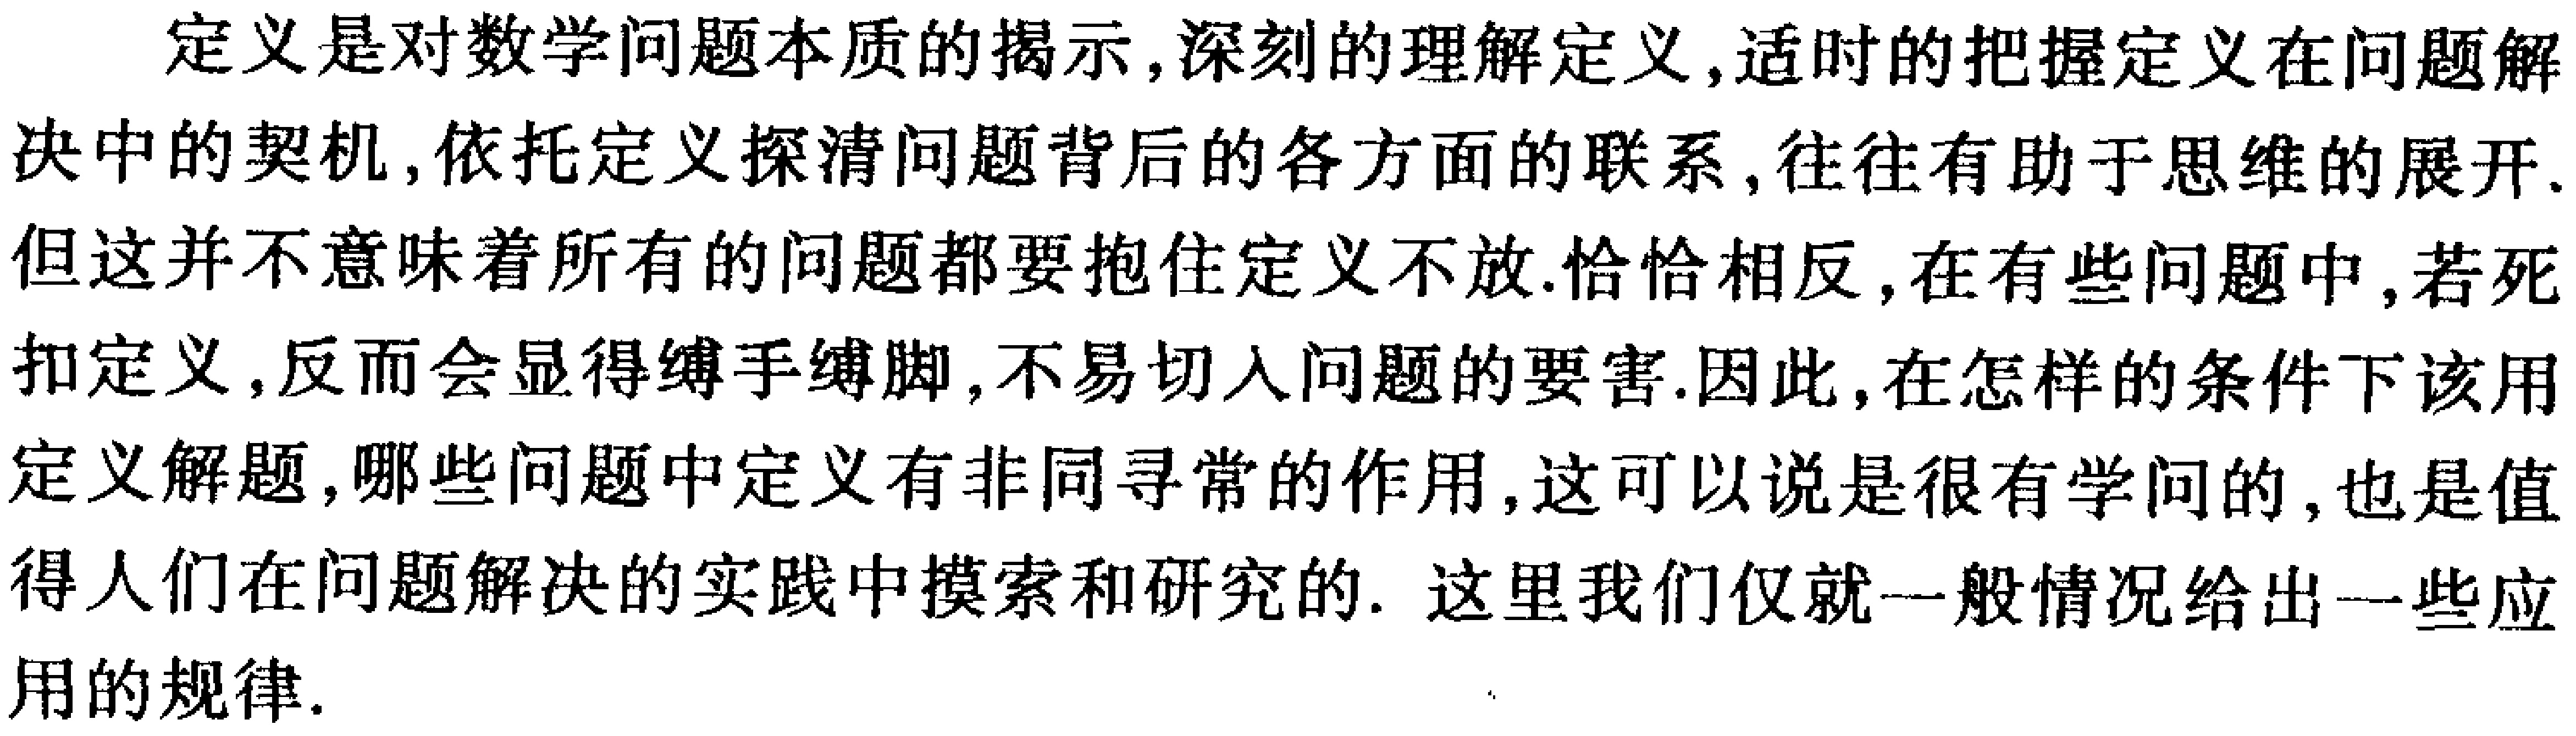
定义是对数学问题本质的揭示,深刻的理解定义,适时的把握定义在问题解决中的契机,依托定义探清问题背后的各方面的联系,往往有助于思维的展开.但这并不意味着所有的问题都要抱住定义不放.恰恰相反,在有些问题中,若死扣定义,反而会显得缚手缚脚,不易切入问题的要害.因此,在怎样的条件下该用定义解题,哪些问题中定义有非同寻常的作用,这可以说是很有学问的,也是值得人们在问题解决的实践中摸索和研究的. 这里我们仅就一般情况给出一些应用的规律.